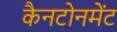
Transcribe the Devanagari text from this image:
कैनटोनमेंट